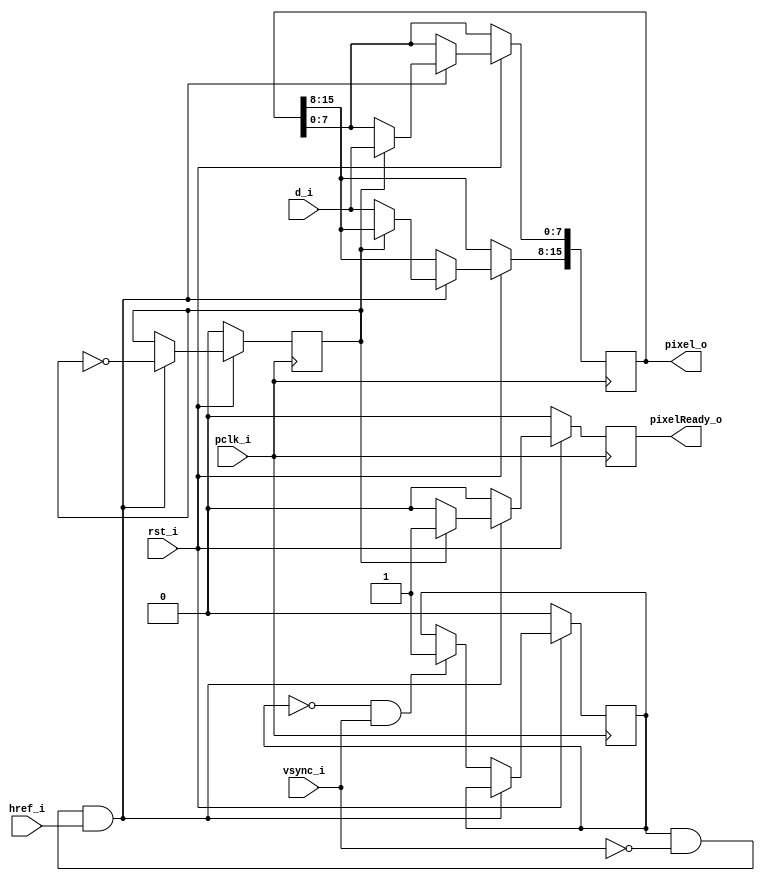
////////////////////////////////////////////////////////////////////////////////////////////////////
// This program is free software; you can redistribute it and/or
// modify it under the terms of the GNU General Public License
// as published by the Free Software Foundation; either version 2
// of the License, or (at your option) any later version.
//
// This program is distributed in the hope that it will be useful,
// but WITHOUT ANY WARRANTY; without even the implied warranty of
// MERCHANTABILITY or FITNESS FOR A PARTICULAR PURPOSE.  See the
// GNU General Public License for more details.
//
// You should have received a copy of the GNU General Public License
// along with this program; if not, write to the Free Software
// Foundation, Inc., 59 Temple Place - Suite 330, Boston, MA
// 02111-1307, USA.
//
// 2013 - Roman Ovseitsev <romovs@gmail.com>
////////////////////////////////////////////////////////////////////////////////////////////////////

//##################################################################################################
//
// Module for receiving RGB565 pixel data from OV camera.
//
//##################################################################################################

module RGB656Receive (d_i, vsync_i, href_i, pclk_i, rst_i, pixelReady_o, pixel_o);
                     
   input       [7:0] d_i;        // D0 - D7
   input       vsync_i;          // VSYNC
   input       href_i;           // HREF
   input       pclk_i;           // PCLK
   input       rst_i;            // 0 - Reset.
   output reg  pixelReady_o;     // Indicates that a pixel has been received.
   output reg  [15:0] pixel_o;   // RGB565 pixel.
   
   
   reg         odd = 0;
   reg         frameValid = 0;

   always @(posedge pclk_i) begin
      pixelReady_o <= 0;
      if (rst_i == 0) begin
         odd <= 0;
         frameValid <= 0;
      end else begin
         if (frameValid == 1 && vsync_i == 0 && href_i == 1) begin
            if (odd == 0) begin    
               pixel_o[15:8] <= d_i;
            end else begin
               pixel_o[7:0] <= d_i;
               pixelReady_o <= 1;   
            end
            odd <= ~odd;
         // skip inital frame in case we started receiving in the middle of it
         end else if (frameValid == 0 && vsync_i == 1) begin
            frameValid <= 1;            
         end
      end
   end
   
endmodule